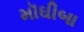
મૉઘીબા